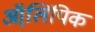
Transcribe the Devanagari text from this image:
ऑ्लिंपिक